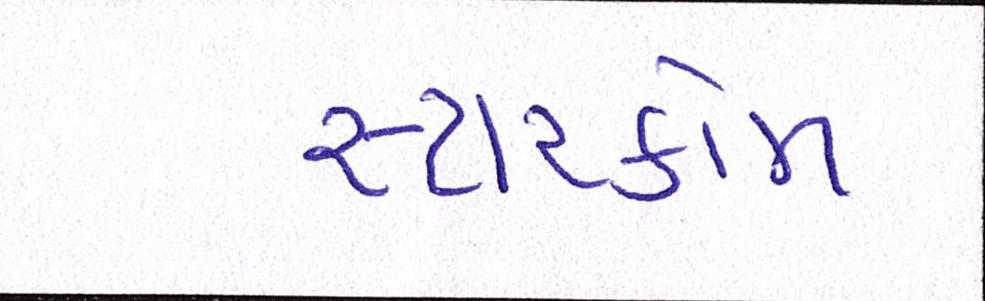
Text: સ્ટારકોમ